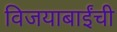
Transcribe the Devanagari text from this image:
विजयाबाईंची